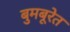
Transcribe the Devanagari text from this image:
बुमबूरेत